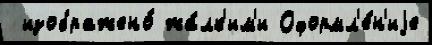
 изображено́ жа́лк'им'и Оформл'е́н'иjе